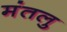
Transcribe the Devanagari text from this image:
मंतलु